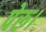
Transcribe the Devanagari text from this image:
पेरू।